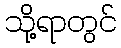
သို့ရာတွင်